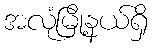
အလုံမြို့နယ်ရှိ